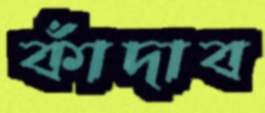
কাঁদাব